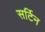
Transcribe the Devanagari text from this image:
सर्टिन